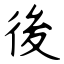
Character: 後